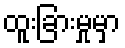
ထူးခြားမှုမှာ